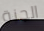
الجنة